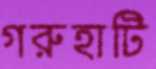
গরুহাটি